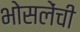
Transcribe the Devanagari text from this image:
भोसलेंची